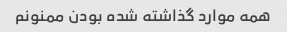
همه موارد گذاشته شده بودن ممنونم